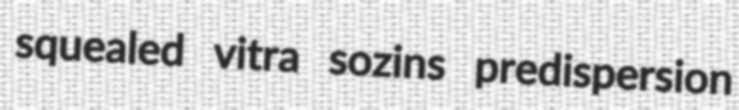
squealed vitra sozins predispersion